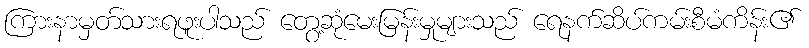
ကြားနာမှတ်သားရဖူးပါသည် တွေ့ဆုံမေးမြန်းမှုများသည် ရေနက်ဆိပ်ကမ်းစီမံကိန်း၏